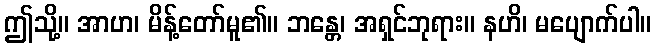
ဤသို့။ အာဟ၊ မိန့်တော်မူ၏။ ဘန္တေ၊ အရှင်ဘုရား။ နဟိ၊ မပျောက်ပါ။